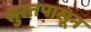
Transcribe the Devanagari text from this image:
सुरतपासून